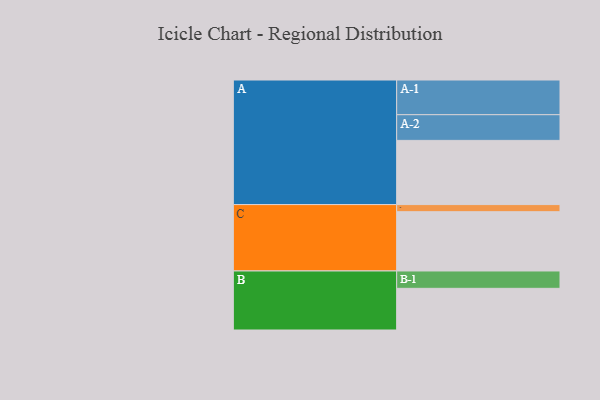
{"axis": {"x": "Segment", "y": "Value"}, "legend": ["", "A", "B", "C"], "data": [{"x": "A", "y": 470, "type": ""}, {"x": "B", "y": 305, "type": ""}, {"x": "C", "y": 434, "type": ""}, {"x": "A-1", "y": 254, "type": "A"}, {"x": "A-2", "y": 188, "type": "A"}, {"x": "B-1", "y": 127, "type": "B"}, {"x": "C-1", "y": 52, "type": "C"}]}